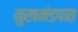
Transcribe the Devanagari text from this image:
मुखमंडपात